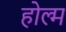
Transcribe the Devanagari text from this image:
होल्म